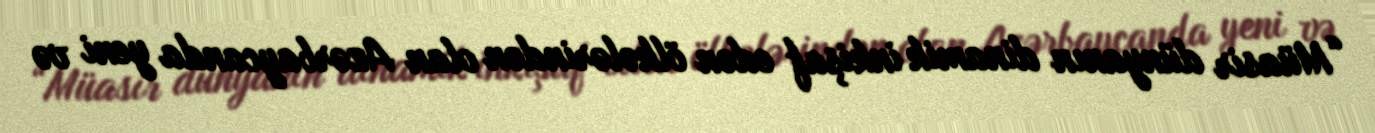
“Müasir dünyanın dinamik inkişaf edən ölkələrindən olan Azərbaycanda yeni və